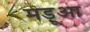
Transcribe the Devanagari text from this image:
मड़ूआ